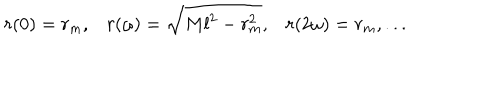
r ( 0 ) = r _ { m } , r ( \omega ) = \sqrt { M l ^ { 2 } - r _ { m } ^ { 2 } } , r ( 2 \omega ) = r _ { m } , . . .